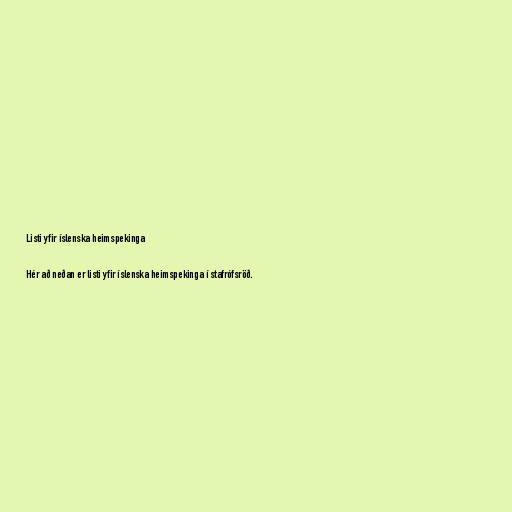
Listi yfir íslenska heimspekinga

Hér að neðan er listi yfir íslenska heimspekinga í stafrófsröð.